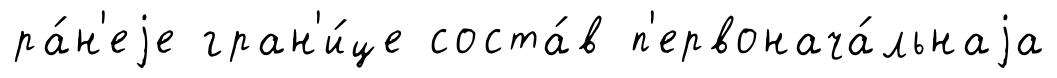
ра́н'еjе гран'и́це соста́в п'ервонача́льнаjа